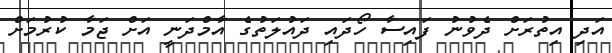
އަދި އިތުރަށް ދެވުނު ފައިސާ ހޯދައި ދައުލަތުގެ އާމްދަނީ އަށް ޖަމާ ކުރުމަށް